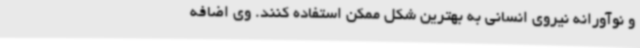
و نوآورانه نیروی انسانی به بهترین شکل ممکن استفاده کنند. وی اضافه